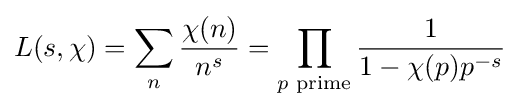
L(s,\chi )=\sum _{n}{\frac {\chi (n)}{n^{s}}}=\prod _{p{\text{ prime}}}{\frac {1}{1-\chi (p)p^{-s}}}